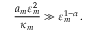
\frac { a _ { m } \varepsilon _ { m } ^ { 2 } } { \kappa _ { m } } \gg \varepsilon _ { m } ^ { 1 - \alpha } \, .